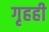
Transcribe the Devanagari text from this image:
गृहही